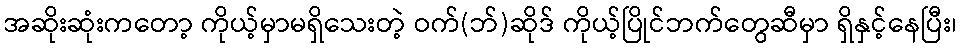
အဆိုးဆုံးကတော့ ကိုယ့်မှာမရှိသေးတဲ့ ဝက်(ဘ်)ဆိုဒ် ကိုယ့်ပြိုင်ဘက်တွေဆီမှာ ရှိနှင့်နေပြီး၊